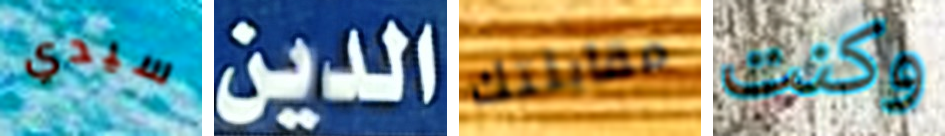
سيدي الدين مقابلتك وكنت